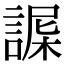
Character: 𧩴